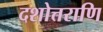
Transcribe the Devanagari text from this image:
दशोत्तराणि